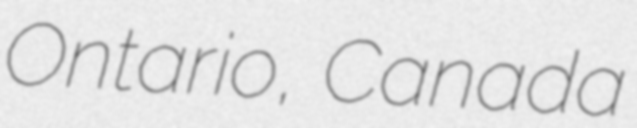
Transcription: Ontario, Canada